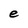
Character: e